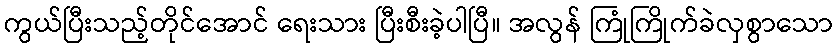
ကွယ်ပြီးသည့်တိုင်အောင် ရေးသား ပြီးစီးခဲ့ပါပြီ။ အလွန် ကြုံကြိုက်ခဲလှစွာသော